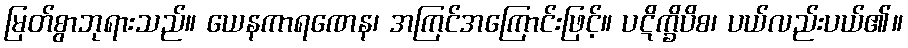
မြတ်စွာဘုရားသည်။ ယေနကာရဏေန၊ အကြင်အကြောင်းဖြင့်။ ပဋိက္ခိပိစ၊ ပယ်လည်းပယ်၏။